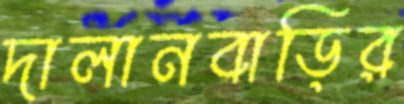
দালানবাড়ির